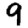
Digit: 9